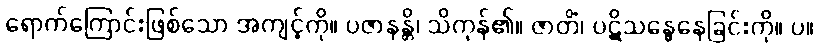
ရောက်ကြောင်းဖြစ်သော အကျင့်ကို။ ပဇာနန္တိ၊ သိကုန်၏။ ဇာတိံ၊ ပဋိသန္ဓေနေခြင်းကို။ ပ။